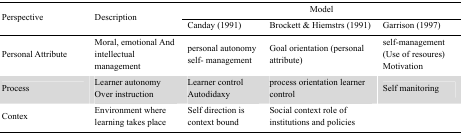
| <ROWSPAN=3> Perspective | <ROWSPAN=3> Description | <COLSPAN=3> Model |
 | Canday (1991) | Brockett & Hiemstrs (1991) | Garrison (1997) |
 | --- | --- | --- | --- | --- |
 | Personal Attribute | Moral, emotional And intellectual management | personal autonomy self- management | Goal orientation (personal attribute) | self-management (Use of resoures) Motivation |
 | Process | Learner autonomy Over instruction | Learner control Autodidaxy | process orientation learner control | Self manitoring |
 | Contex | Environment where learning takes place | Self direction is context bound | Social context role of institutions and policies |  |